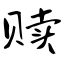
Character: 赎